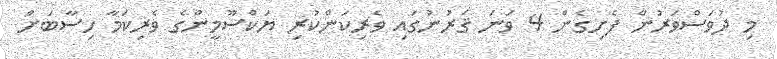
މި ދުވަސްވަރުން ފެށިގެން 4 ވަނަ ޤަރުނުގައި ވެރިކަންކުރި ޔަކްސޫމީންގެ ވެރިކަމާ ހިސާބަށް